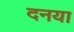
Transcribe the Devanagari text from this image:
दनया